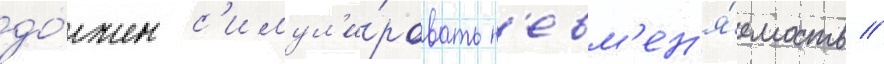
до́лжен с'имул'и́ровать н'евм'ен'я́емость //